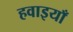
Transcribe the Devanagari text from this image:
हवाइयाँ